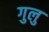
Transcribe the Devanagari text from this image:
गुलु